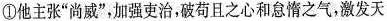
①他主张“尚威”，加强吏治，破苟且之心和怠惰之气，激发天